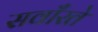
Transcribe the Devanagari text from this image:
सवाँरते